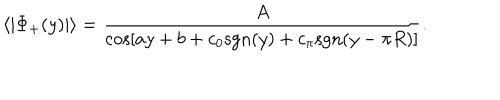
LaTeX: \langle | \Phi _ { + } ( y ) | \rangle = { \frac { A } { \cos [ a y + b + c _ { 0 } \mathrm { s g n } ( y ) + c _ { \pi } \mathrm { s g n } ( y - \pi R ) ] } } .